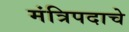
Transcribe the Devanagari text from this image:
मंत्रिपदाचे